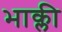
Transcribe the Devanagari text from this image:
भाक्ली